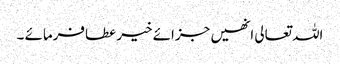
اللہ تعالی انھیں جزائے خیر عطافرمائے ۔